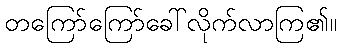
တကြော်ကြော်ခေါ်လိုက်လာကြ၏။